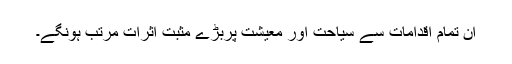
ان تمام اقدامات سے سیاحت اور معیشت پربڑے مثبت اثرات مرتب ہونگے۔